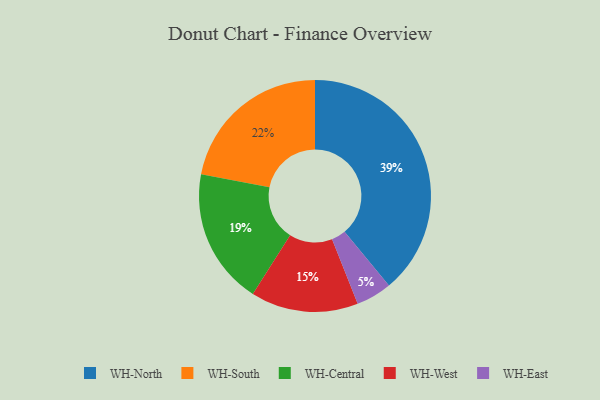
{"axis": {"x": "Category", "y": "Percentage"}, "legend": ["WH-Central", "WH-East", "WH-North", "WH-South", "WH-West"], "data": [{"x": "WH-West", "y": 15, "type": "WH-West"}, {"x": "WH-South", "y": 22, "type": "WH-South"}, {"x": "WH-East", "y": 5, "type": "WH-East"}, {"x": "WH-North", "y": 39, "type": "WH-North"}, {"x": "WH-Central", "y": 19, "type": "WH-Central"}]}